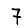
Digit: 7